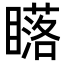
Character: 𥋷